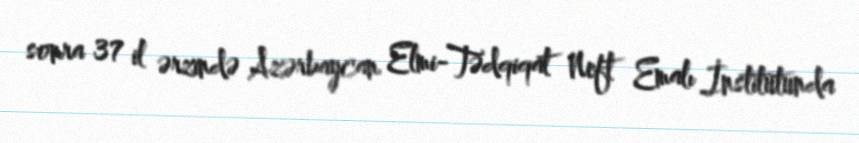
sonra 37 il ərzində Azərbaycan Elmi-Tədqiqat Neft Emalı İnstitutunda